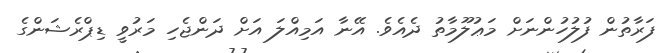
ފަރާތުން ފުލުހުންނަށް މަޢުލޫމާތު ދެއެވެ. އޭނާ އަމިއްލަ އަށް ދަންޖެހި މަރުވީ ޑިޕްރެޝަންގެ